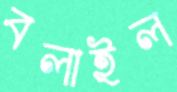
বলাইল